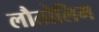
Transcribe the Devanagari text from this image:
लौतोलिम